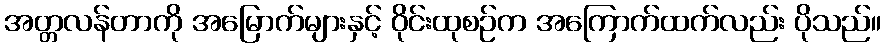
အတ္တလန်တာကို အမြောက်များနှင့် ဝိုင်းထုစဉ်က အကြောက်ထက်လည်း ပိုသည်။